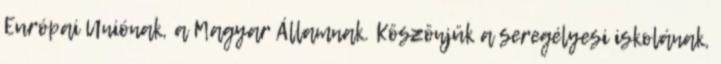
Európai Uniónak, a Magyar Államnak. Köszönjük a seregélyesi iskolának,